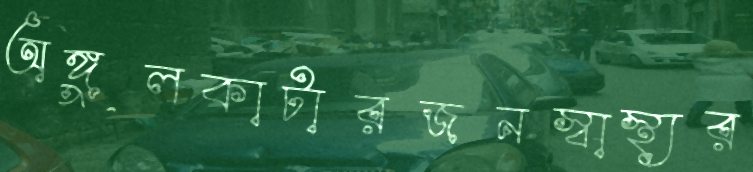
অঙ্গুলকাটারজনস্বাস্থ্যর